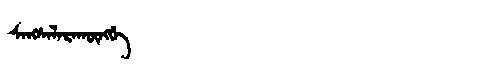
Manchu: ᠰᠠᠩᠰᡝᠯᠠᡵᠠᡴᡡᠩᡤᡝ
Romanization: SANGSELARAKŪNGGE